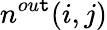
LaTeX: n^{ou\mathtt{t}}(i,j)